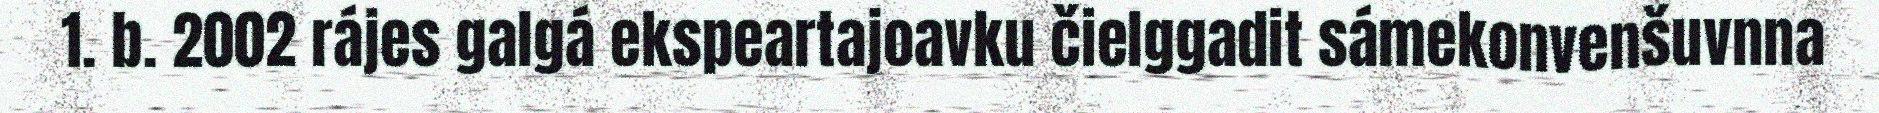
1. b. 2002 rájes galgá ekspeartajoavku čielggadit sámekonvenšuvnna